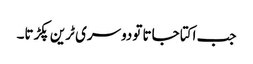
جب اکتا جاتا تودوسری ٹرین پکڑتا۔